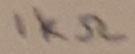
Text: 1KΩ